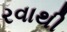
રવાથી